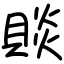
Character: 賧